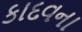
કાદવના